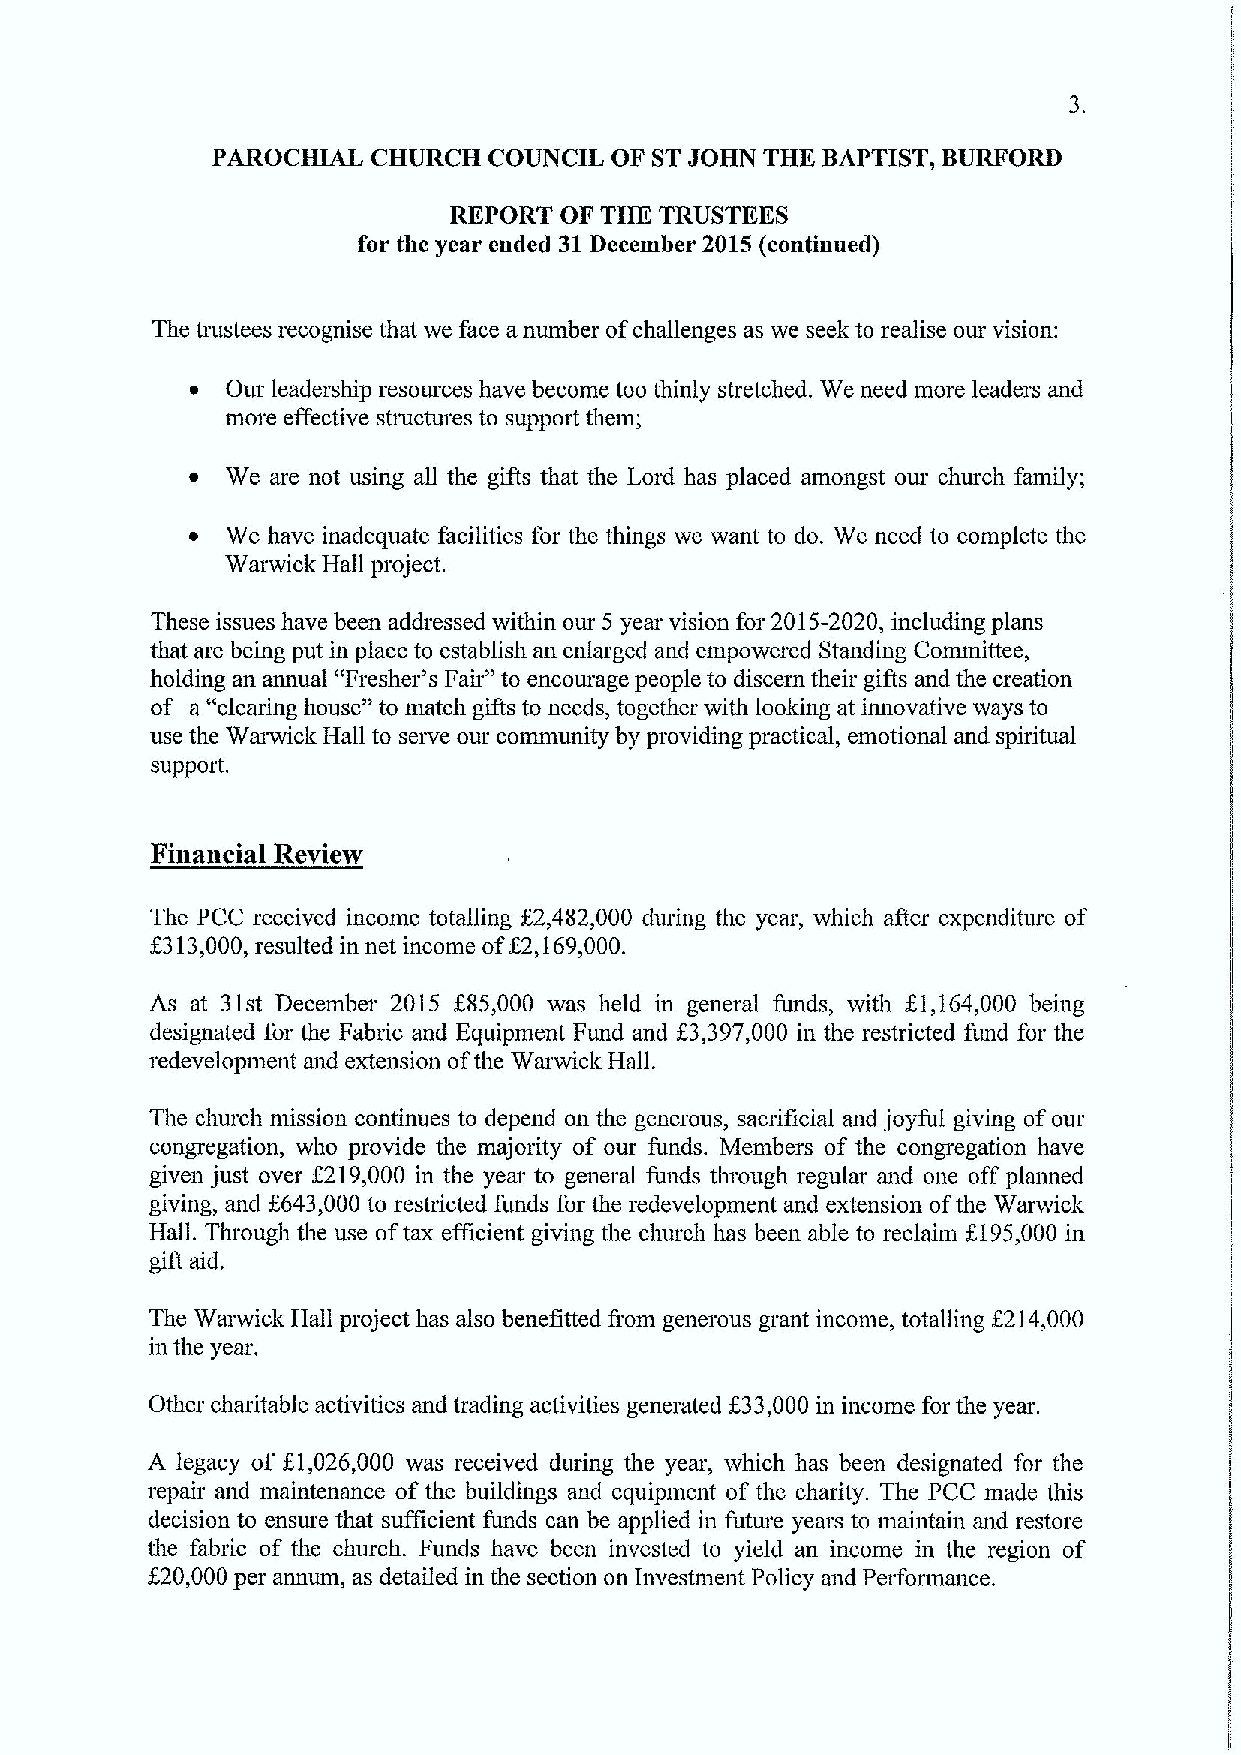
PAROCHIAL  CHURCH COUNCIL OF STJOHN THK BAPTIST, BURFORD
 REPORT OF THK TRUSTEES
 for the year ended 31December 2015(continued)
 The trustees recognise that we face anumber ofchallenges as we seek to realise our vision:
 ~ Our leadership resources have become too thinly stretched. We need more leaders and
 more effective structures to support them;
 ~ We are not using all the gifts that the Lord has placed amongst our church family;
 ~ We have inadequate facilities for the things we want to do. We need to complete the
 Warwick Hall project.
 These issues have been addressed within our 5 year vision for 2015-2020, including plans
 that are being put in place to establish an enlarged and empowered Standing Committee,
 holding an annual "Fresher's Fair" to encourage people to discern their gifts and the creation
 of a "clearing house" to match gifts to needs, together with looking at innovative ways to
 use the Warwick Hall to seive our community by providing practical, emotional and spiritual
 support.
 Financial Review
 The PCC received income totalling f2,482,000 during the year, which after expenditure of
 f313,000,
 resulted in net income
 ofI
 2,169,000.
 As at 31st December 2015 f85,000 was held in general funds, with f.1,164,000 being
 designated for the Fabric and Equipment Fund and f 3,397,000 in the restricted fund for the
 redevelopment and extension ofthe Warwick Hall.
 The church mission continues to depend on the generous, sacrificial and joyful giving ofour
 congregation, who provide the majority of our funds. Members of the congregation have
 given just over f219,000 in the year to general funds through regular and one off planned
 giving, and f643,000 to restricted funds for the redevelopment and extension ofthe Warwick
 Hall. Through the use oftax efficient giving the church has been able to reclaim f195,000 in
 gift aid.
 The Warwick Hall project has also benefitted fiom generous grant income, totalling f214,000
 in the year.
 f
 Other charitable activities and trading activities generated 33,000 in income for the year.
 A legacy of f.1,026,000 was received during the year, which has been designated for the
 repair and maintenance ofthe buildings and equipment of the charity. The PCC made this
 decision to ensure that sufficient funds can be applied in future years to maintain and restore
 the fabric of the church. Funds have been invested to yield an income in the region of
 f
 20,000per annum, as detailed in the section on Investment Policy and Performance.